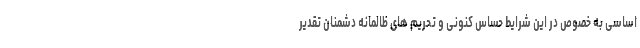
اساسی به خصوص در این شرایط حساس کنونی و تحریم های ظالمانه دشمنان تقدیر